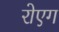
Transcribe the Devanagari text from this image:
रोएग